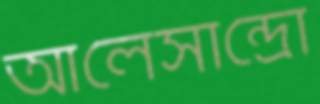
আলেসান্দ্রো